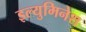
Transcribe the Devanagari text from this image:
इल्युमिनेश